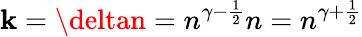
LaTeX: \mathbf{k}=\deltan=n^{\gamma-{\frac{{1}}{{2}}}}n=n^{\gamma+{\frac{{1}}{{2}}}}